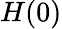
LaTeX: H(0)